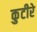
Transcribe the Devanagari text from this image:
कुटीरे